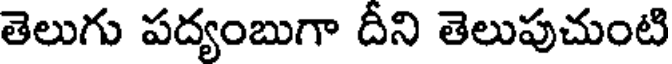
తెలుగు పద్యంబుగా దీని తెలుపుచుంటి